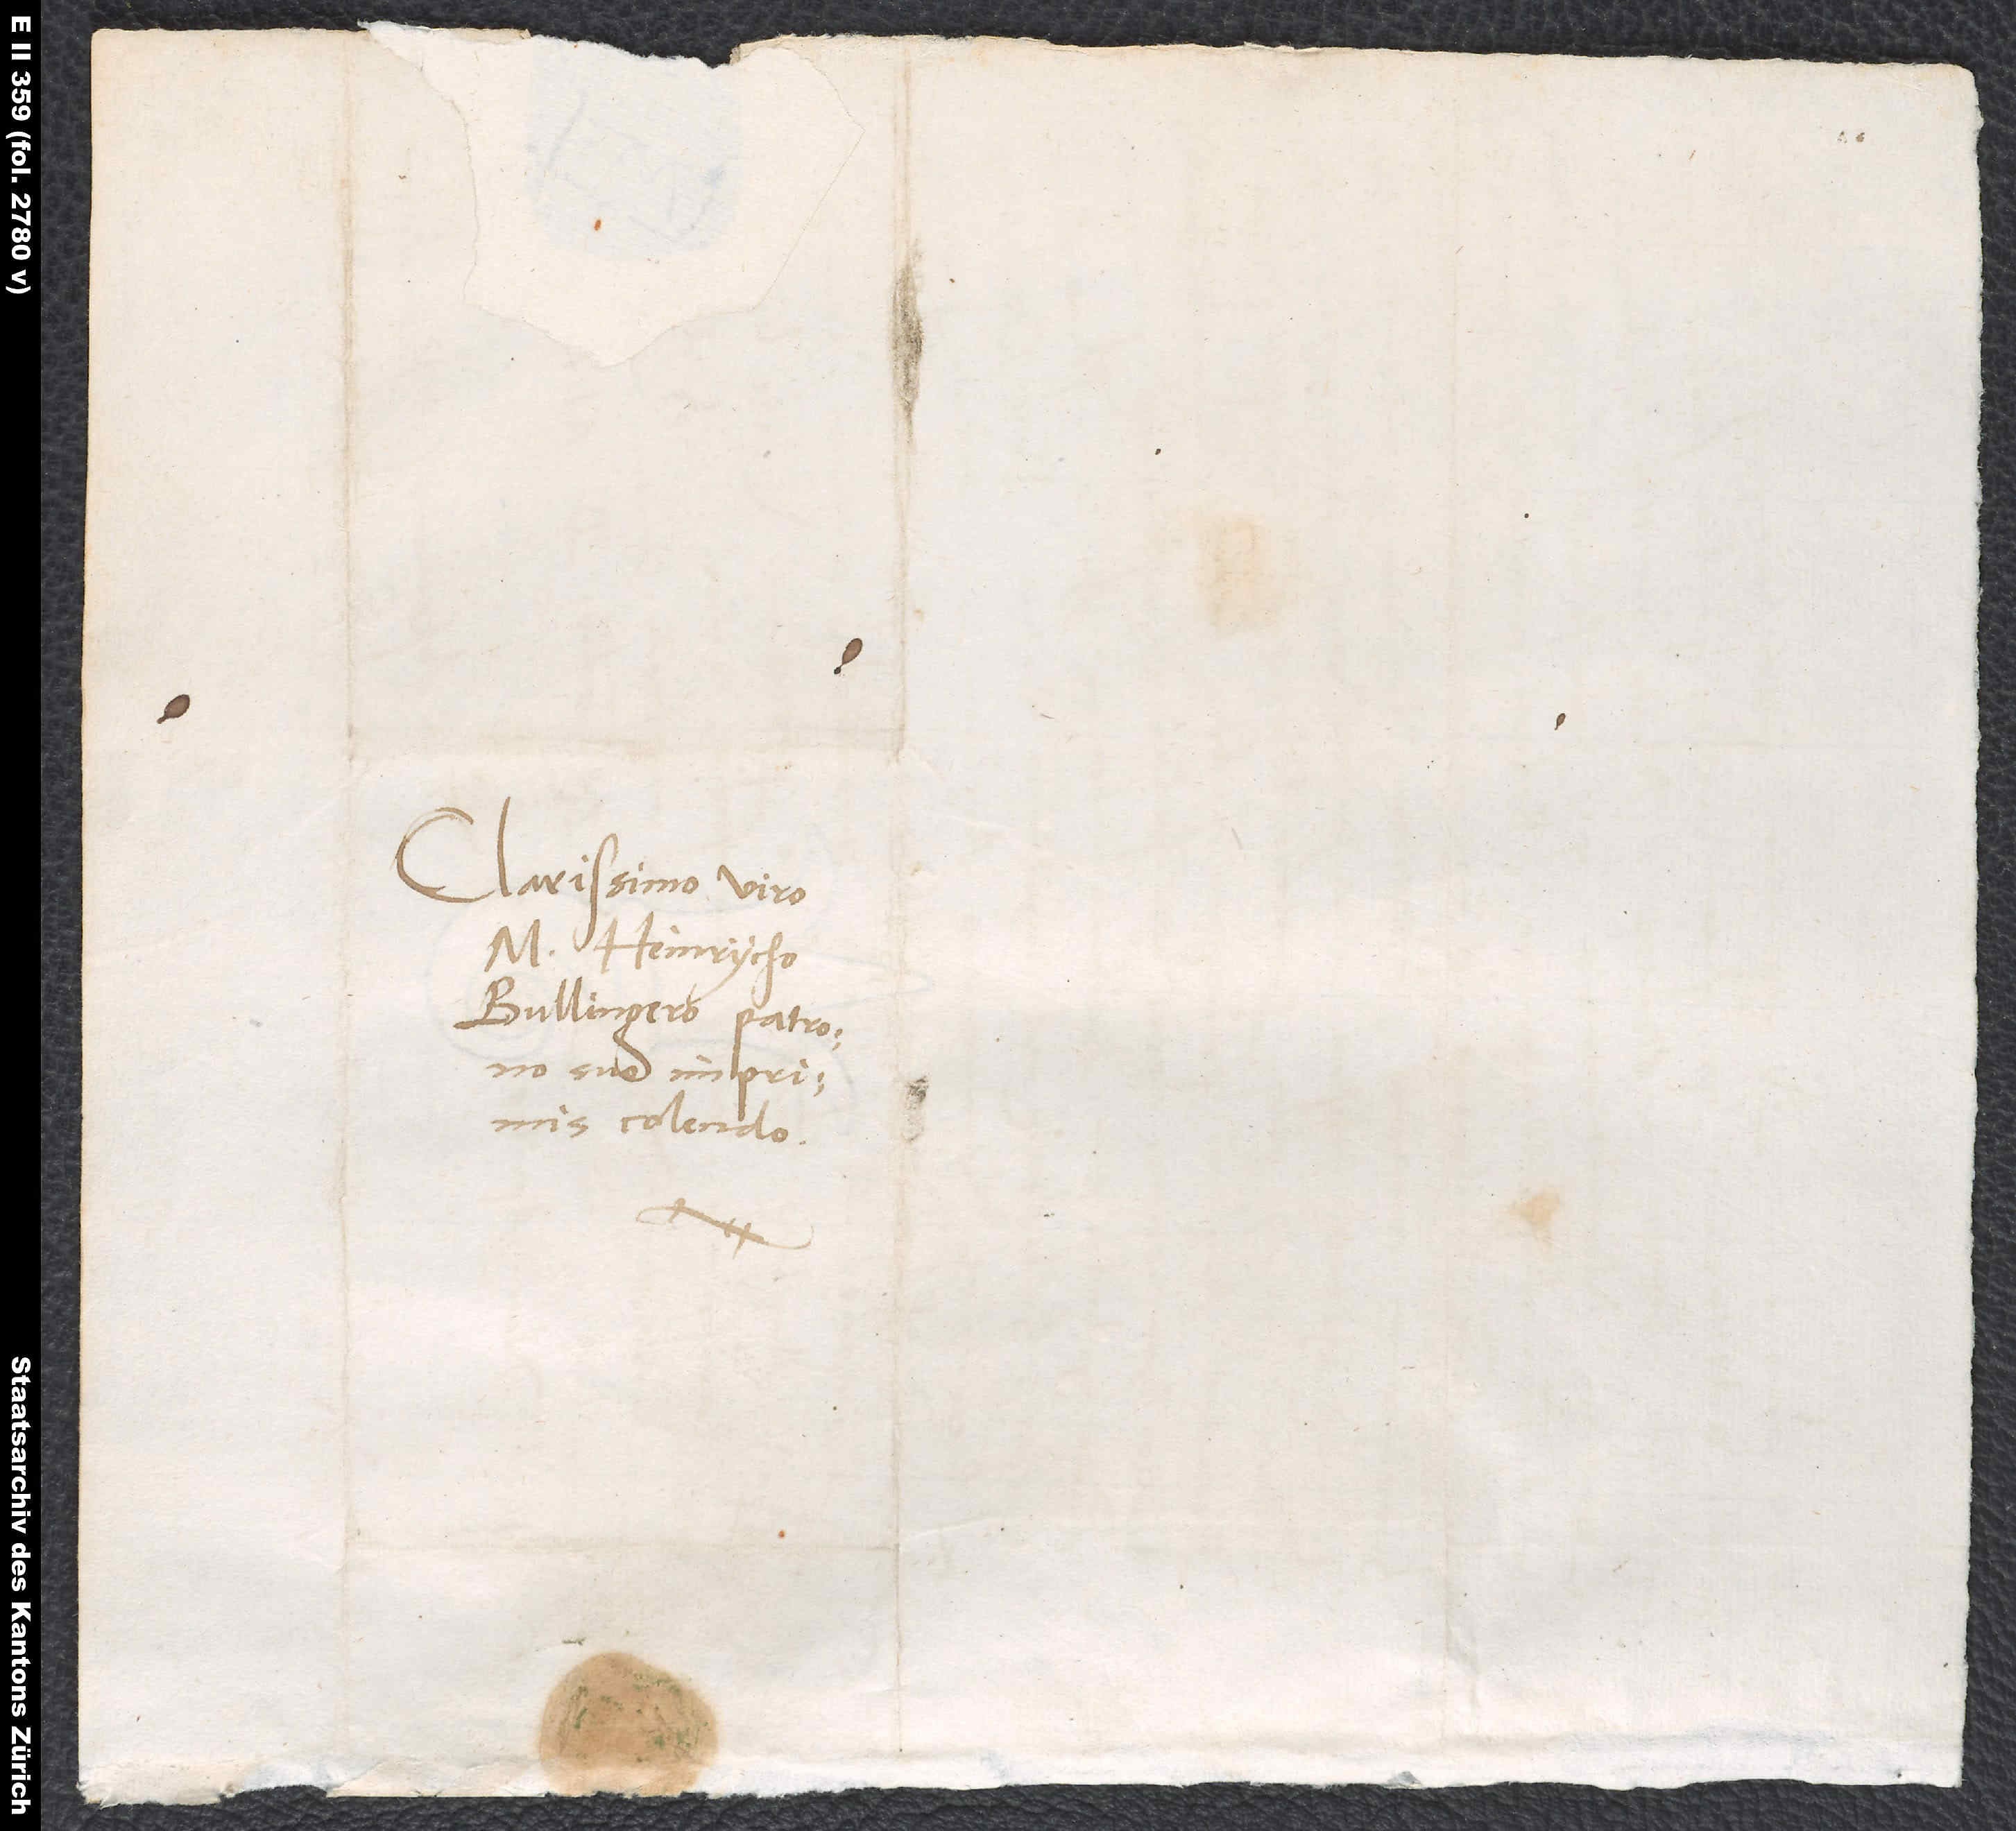
Clarissimo viro
M. Heinrycho
Bullingero, patrono
suo imprimis
colendo.